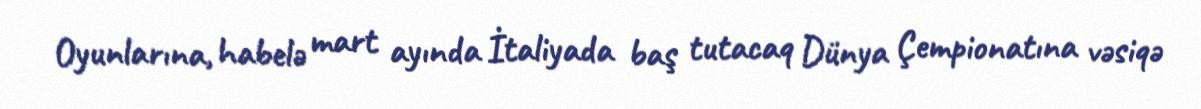
Oyunlarına, habelə mart ayında İtaliyada baş tutacaq Dünya Çempionatına vəsiqə